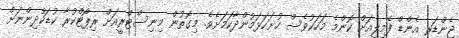
ޖެންޑަރ އެންޑް ފެމިލީއަށް ކޮންމެ މަހަކުވެސް ހުށަހަޅަމުންދާކަމަށެވެ. މިގޮތުން މިނިސްޓްރީއަށް ރިޕޯޓްކުރާ ކުޑަކުދިންނަށް